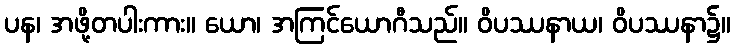
ပန၊ အဖို့တပါးကား။ ယော၊ အကြင်ယောဂီသည်။ ဝိပဿနာယ၊ ဝိပဿနာ၌။